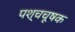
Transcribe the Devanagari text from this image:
पश्चचूषक